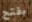
بفتح